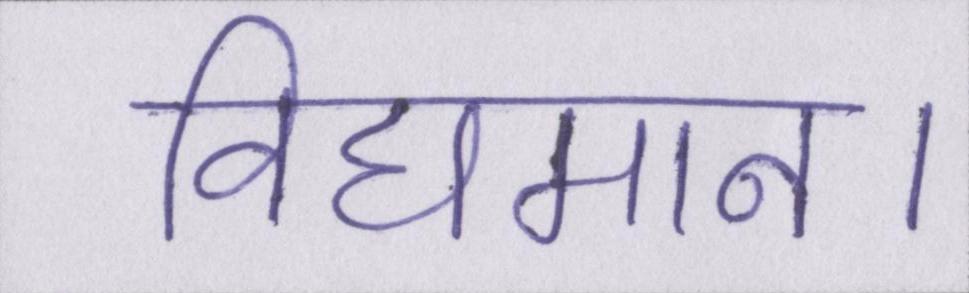
विद्यमान।